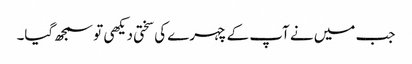
جب میں نے آپ کے چہرے کی سختی دیکھی تو سمجھ گیا۔